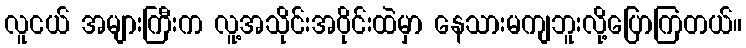
လူငယ် အများကြီးက လူ့အသိုင်းအဝိုင်းထဲမှာ နေသားမကျဘူးလို့ပြောကြတယ်။